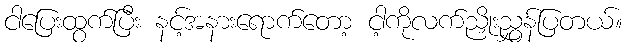
ငါပြေးထွက်ပြီး နင့်အနားရောက်တော့ ငါ့ကိုလက်ညှိုးညွှန်ပြတယ်။